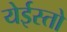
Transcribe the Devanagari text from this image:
येईस्तो